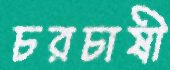
চরচাষী